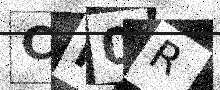
Text: CN0R